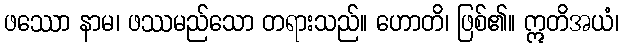
ဖဿော နာမ၊ ဖဿမည်သော တရားသည်။ ဟောတိ၊ ဖြစ်၏။ ဣတိအယံ၊